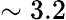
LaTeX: \sim 3.2